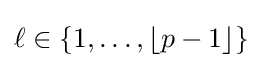
\ell \in \{1,\dotsc ,\lfloor p-1\rfloor \}